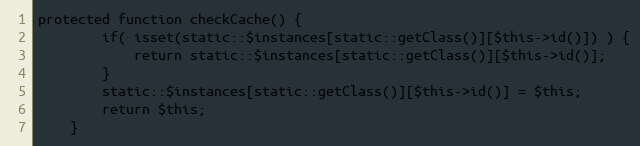
Language: PHP
protected function checkCache() {
		if( isset(static::$instances[static::getClass()][$this->id()]) ) {
			return static::$instances[static::getClass()][$this->id()];
		}
		static::$instances[static::getClass()][$this->id()] = $this;
		return $this;
	}